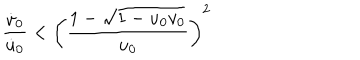
\frac { \dot { v } _ { 0 } } { \dot { u } _ { 0 } } < \left( \frac { 1 - \sqrt { 1 - u _ { 0 } v _ { 0 } } } { u _ { 0 } } \right) ^ { 2 }